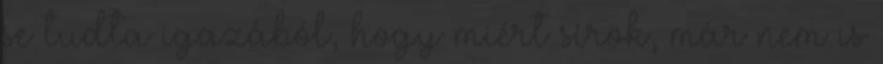
se tudta igazából, hogy miért sírok, már nem is